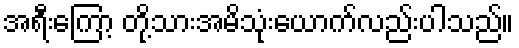
အရီးကြော့ တို့သားအမိသုံးယောက်လည်းပါသည်။